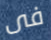
فى